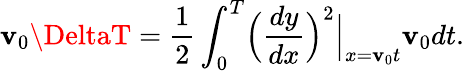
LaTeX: \mathbf{v}_{0}\DeltaT=\frac{{1}}{{2}}\int_{0}^{T}\Bigl(\frac{{dy}}{{dx}}\Bigr)^{2}\Bigl|_{x=\mathbf{v}_{0}t}\mathbf{v}_{0}dt.